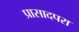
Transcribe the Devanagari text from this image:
प्रासादपरा